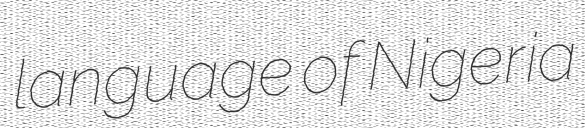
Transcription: language of Nigeria